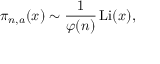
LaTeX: \pi _ { n , a } ( x ) \sim { \frac { 1 } { \varphi ( n ) } } \operatorname { L i } ( x ) ,